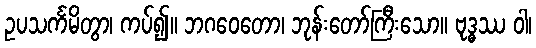
ဥပသင်္ကမိတွာ၊ ကပ်၍။ ဘဂဝေတော၊ ဘုန်းတော်ကြီးသော။ ဗုဒ္ဓဿ ဝါ၊